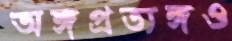
অঙ্গপ্রত্যঙ্গও